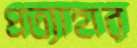
প্রত্যাহার